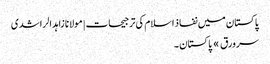
پاکستان میں نفاذ اسلام کی ترجیحات | مولانا زاہد الراشدی
سرورق » پاکستان ۔